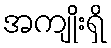
အကျိုးရှိ